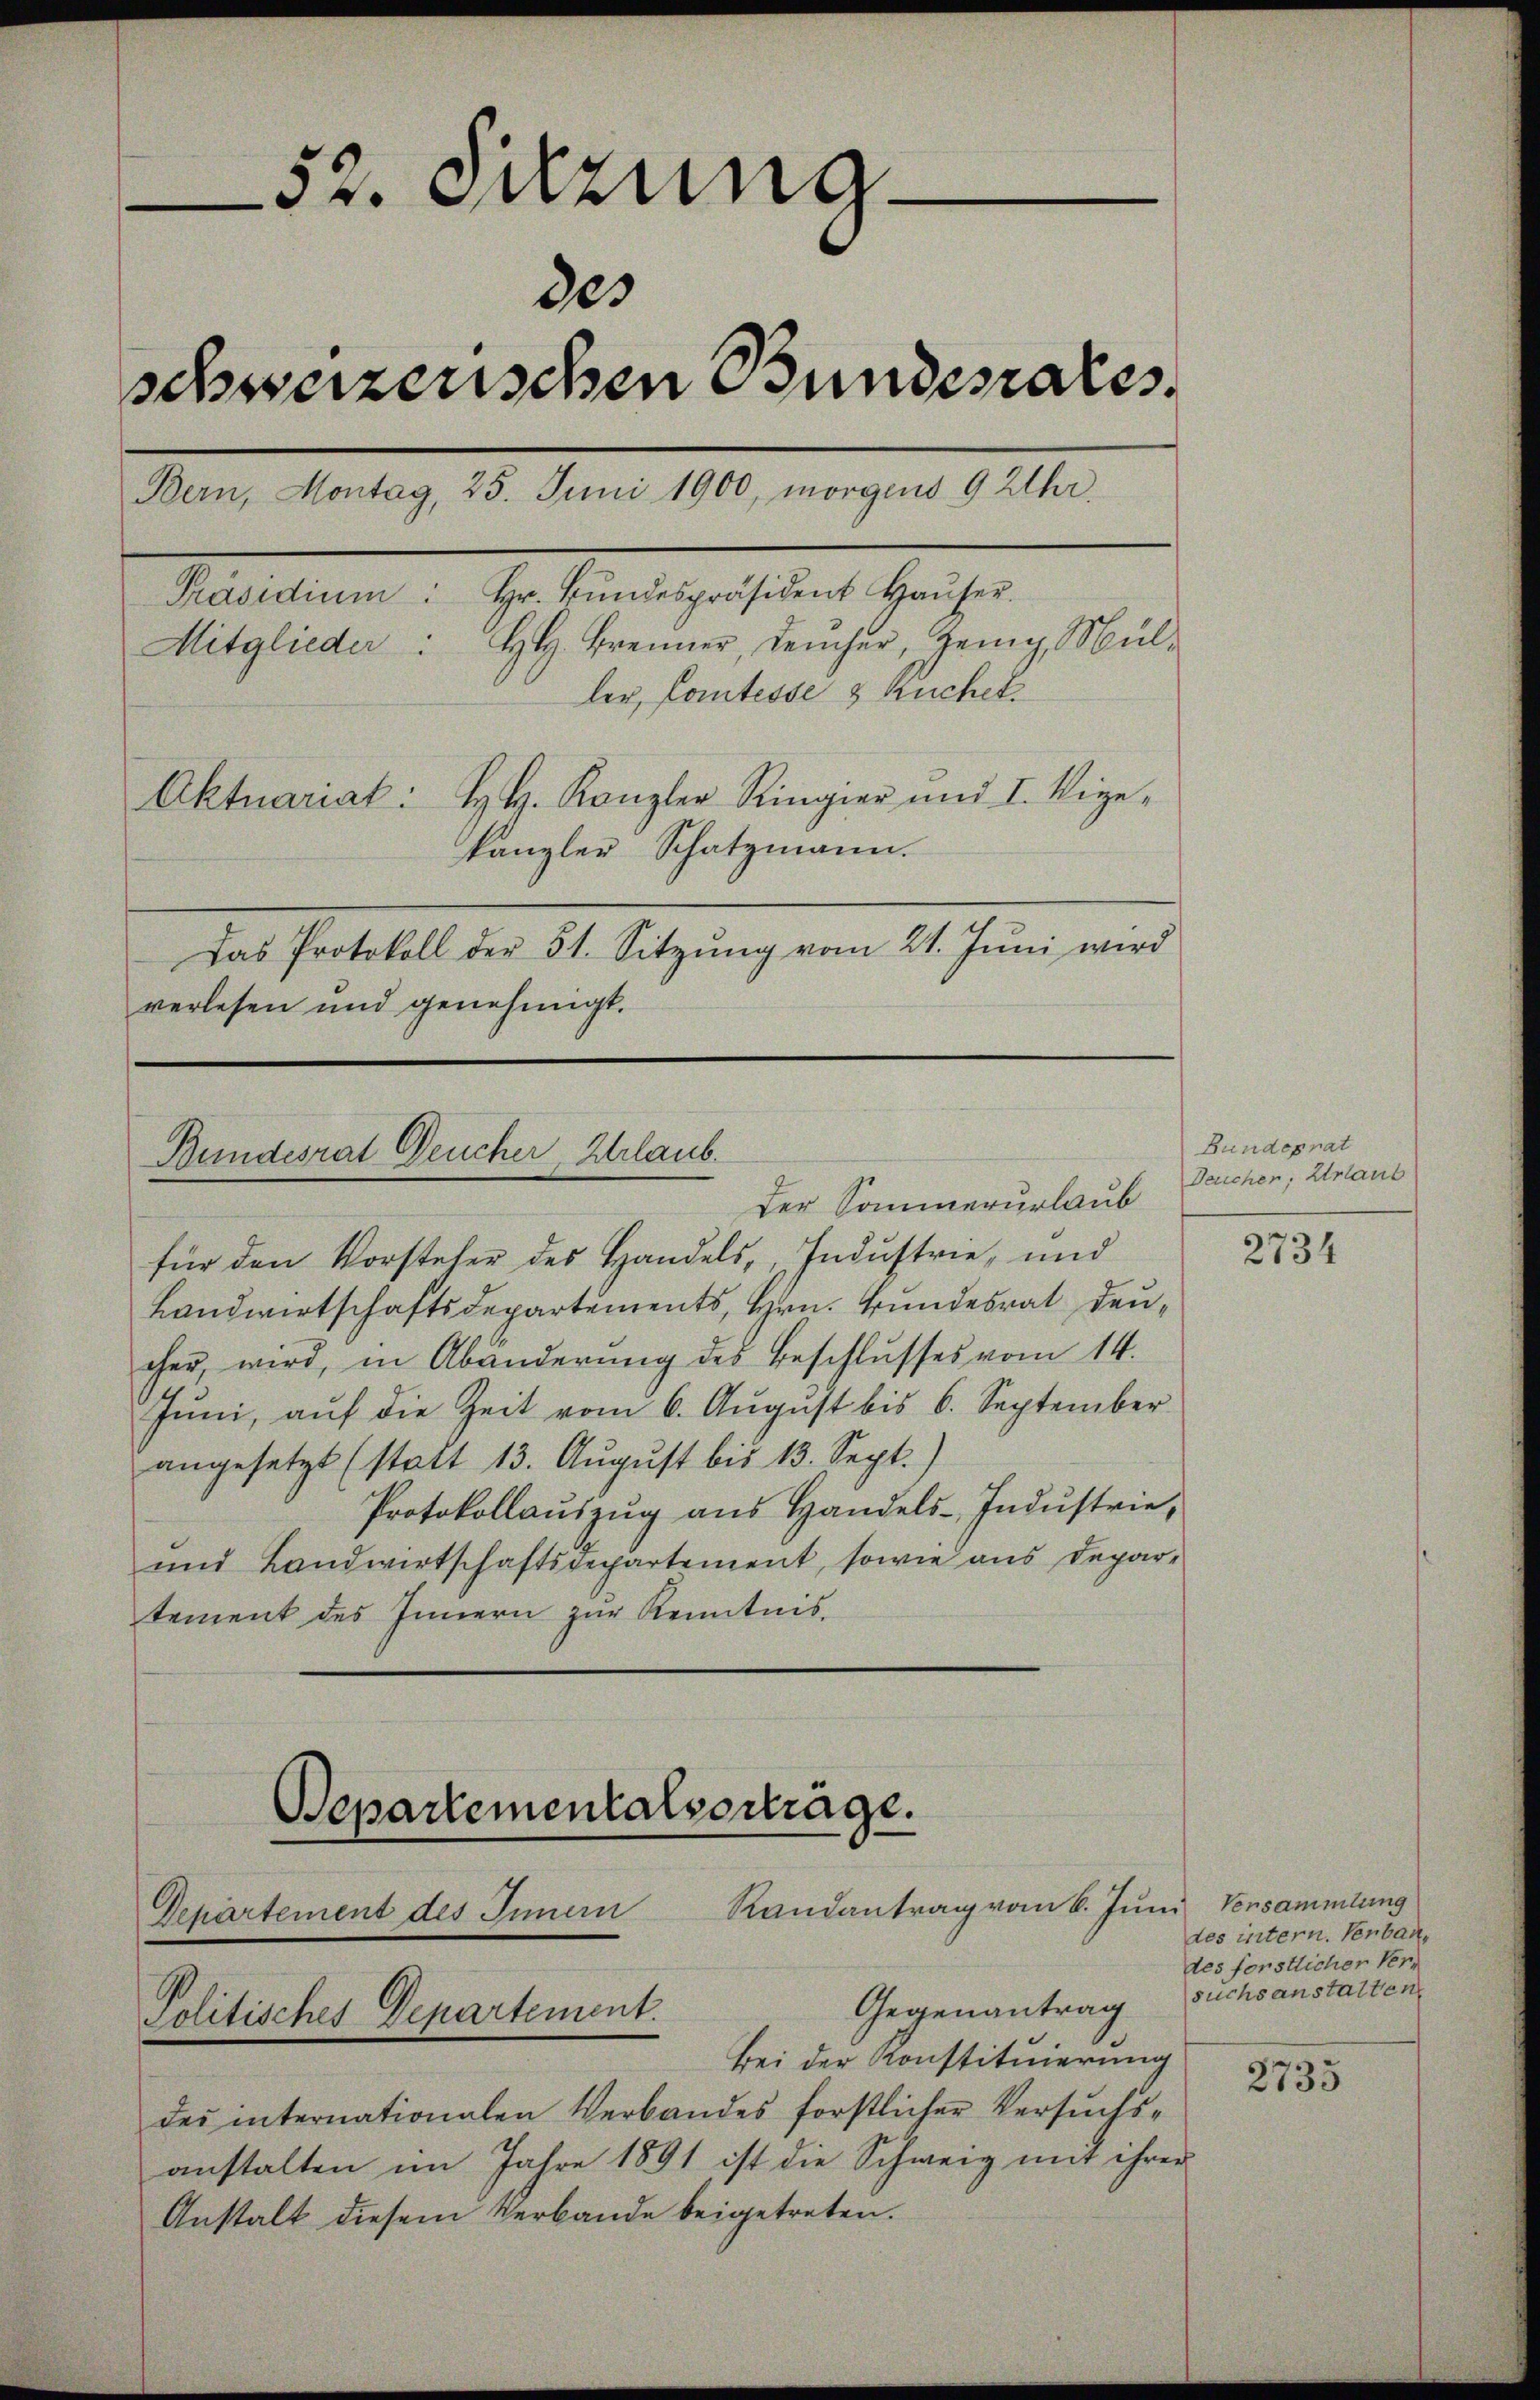
52. Sitzung
des
schweizerischen Bundesrates.
Bern, Montag, 25. Juni 1900, morgens 9 Uhr.
Präsidiŭm: Hr. Bŭndespräsident Haŭser.
H. Brenner, Leucher, Zeig, Mül¬
Mitglieder:
ler, Comtesse 3 Kuchel¬
Aktuariat: H. H. Kanzler Ringier und I. Vige-
kanzler Schatzmann.
Das Protokoll der 51. Sitzŭng vom 21. Jŭni wird
verlesen und genehmigt.

für den Vorsteher des Handels, Industrie, und
Landwirtschaftsdepartements, Hrn. Bundesrat deucher, wird, in Abänderŭng des Beschlŭsses vom 14.
Jŭni, aŭf die Zeit vom 6. Aŭgŭst bis 6. September
angesetzt (statt 13. August bis 13. Sept.)
Protokollauszug aus Handels-Industrie,
und Landwirtschaftsrepartement, sowie aus Departement des Innern zur Kenntnis.
Departementalvertrage.

Bundesrat Deucher Erlaub.
Der Sommerurlaub

Randantrag vom 6. Ju
Departement des Innern
Gegenantrag suchsanstatten.
Politisches Departement.

Bei der Konstituierung
der internationalen Verbandes forstlicher Versuchsanstalten im Jahre 1891 ist die Schweig mit ihrer
Anstalt diesem Verbande beigetreten.

Bundesrat
Deucher, Urlaub

2734

den Versammlung
des intern. Verbaudes forstlicher Ver-

2735